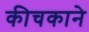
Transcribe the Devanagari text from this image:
कीचकाने